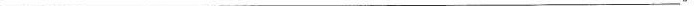
___。